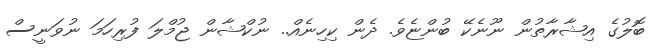
ބޮލުގެ އިޝާރާތުން ނޫނެކޭ ބުންޏެވެ. ދެން ކިހިނެއް.. ނުކްޝާން ޖުމްލަ ފުރިހަމަ ނުވަނީސް